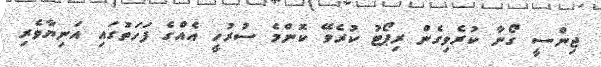
ޖިންސީ ގޯނާ ކުރެވިގެން ރިޕޯޓު ކުރެވޭ ކޮންމެ ސުރުހީ އެއްގެ ފަހަތުގައި އަނިޔާވެރި